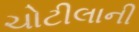
ચોટીલાની